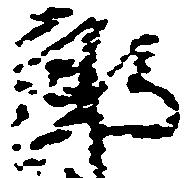
郎